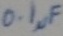
Text: 0.1µF